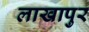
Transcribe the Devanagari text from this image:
लाखापुर